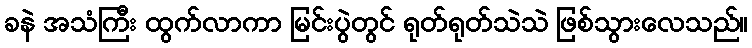
ခနဲ အသံကြီး ထွက်လာကာ မြင်းပွဲတွင် ရုတ်ရုတ်သဲသဲ ဖြစ်သွားလေသည်။